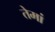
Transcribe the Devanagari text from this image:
तेमां